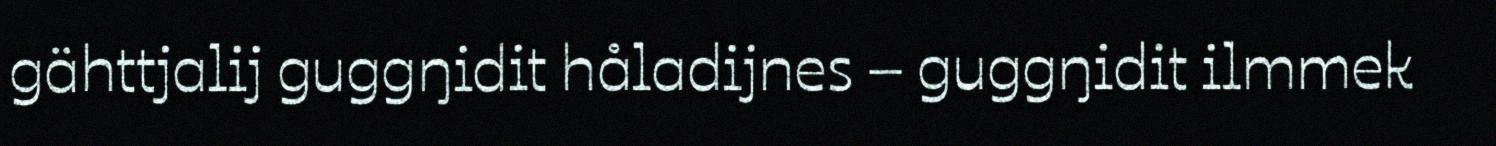
gähttjalij guggŋidit håladijnes – guggŋidit ilmmek